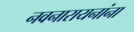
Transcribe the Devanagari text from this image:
नवनारायनांना